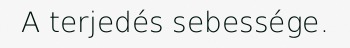
A terjedés sebessége.